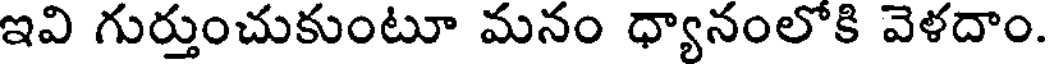
ఇవి గుర్తుంచుకుంటూ మనం ధ్యానంలోకి వెళదాం.